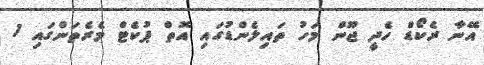
އޭނާ ރެކޯޑް ހެދީ ޖޫން މަހު ތައިލެންޑުގައި އޮތް ޕުކެޓް މެރެތަންގައި 1